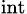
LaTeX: _\mathrm{int}